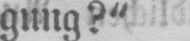
gung?“